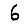
Digit: 6